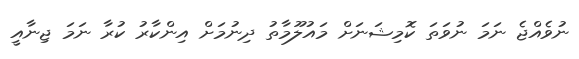
ނުވެއްޖެ ނަމަ ނުވަތަ ކޮމިޝަނަށް މައުލޫމާތު ދިނުމަށް އިންކާރު ކުރާ ނަމަ ޖިނާއީ